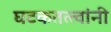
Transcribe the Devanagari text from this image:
घटकतत्त्वांनी